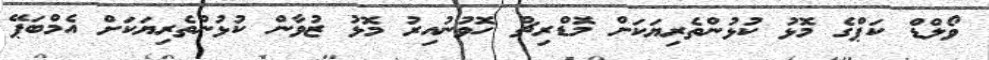
ވޯލްޑް ކަޕްގެ މޮޅު ކުޅުންތެރިޔަކަށް މޮޑްރިޗް ހޮވުނުއިރު މޮޅު ޒުވާން ކުޅުންތެރިޔަކަށް އެމްބަޕޭ